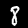
Label: 8